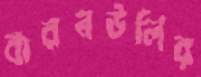
বারনউলির